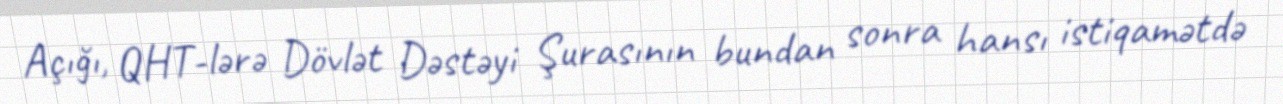
Açığı, QHT-lərə Dövlət Dəstəyi Şurasının bundan sonra hansı istiqamətdə